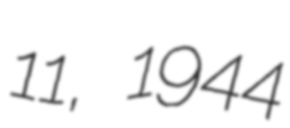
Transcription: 11, 1944